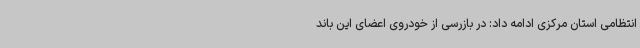
انتظامی استان مرکزی ادامه داد: در بازرسی از خودروی اعضای این باند